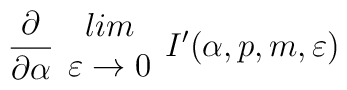
\frac{\partial }{\partial \alpha }\begin{array}{c}lim\\\varepsilon \rightarrow 0\end{array}I'(\alpha ,p,m,\varepsilon )